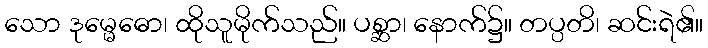
သော ဒုမ္မေဓော၊ ထိုသူမိုက်သည်။ ပစ္ဆာ၊ နောက်၌။ တပ္ပတိ၊ ဆင်းရဲ၏။